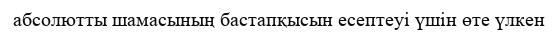
абсолютты шамасының бастапқысын есептеуі үшін өте үлкен